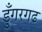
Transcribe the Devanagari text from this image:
डुँगरगढ